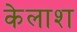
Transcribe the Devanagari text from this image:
केलाश